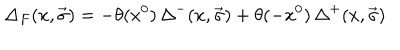
{ \Delta } _ { F } ( x , \vec { \sigma } ) = - \theta ( x ^ { 0 } ) \, { \Delta } ^ { - } ( x , \vec { \sigma } ) + \theta ( - x ^ { 0 } ) \, { \Delta } ^ { + } ( x , \vec { \sigma } )